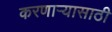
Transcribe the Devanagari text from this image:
करणाऱ्यासाठी